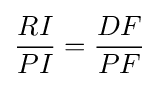
{\frac {RI}{PI}}={\frac {DF}{PF}}